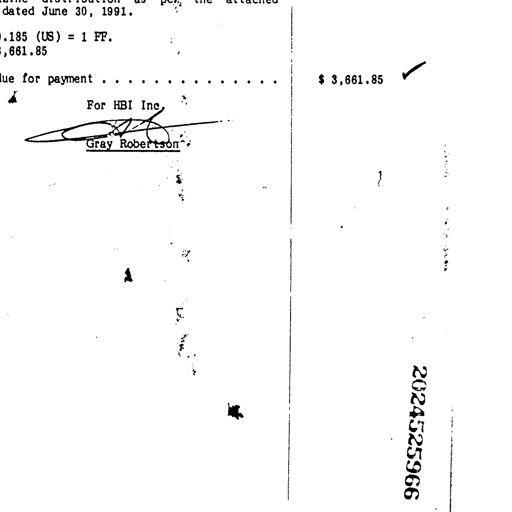
dated June 30, 1991.
.185 (US) = 1 FF.
,661.85
lue for payment . . . . . . . . . . . . . . . . . . $ 3,661.85
For HBI Inc,
Gray Robertson
2024525966